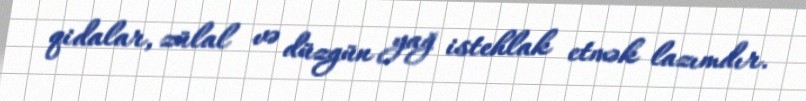
qidalar, zülal və düzgün yağ istehlak etmək lazımdır.